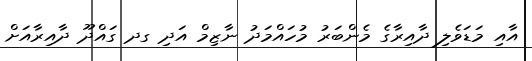
އާއި މަޑަވެލި ދާއިރާގެ މެންބަރު މުހައްމަދު ނާޒިމް އަދި ގދ ގައްދޫ ދާއިރާއަށް